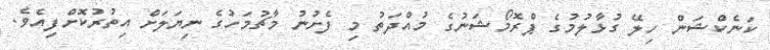
ކަނެކްޝަން ހިލޭ ގުޅާލުމުގެ ޕްރޮމޯޝަނުގެ މުއްދަތު މި ފެށުނު މާޗުމަހުގެ ނިޔަލަށް އިތުރުކޮށްފިއެވެ.